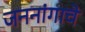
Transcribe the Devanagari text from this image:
जननांगाचे